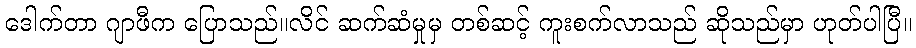
ဒေါက်တာ ဂျာဖီက ပြောသည်။လိင် ဆက်ဆံမှုမှ တစ်ဆင့် ကူးစက်လာသည် ဆိုသည်မှာ ဟုတ်ပါပြီ။